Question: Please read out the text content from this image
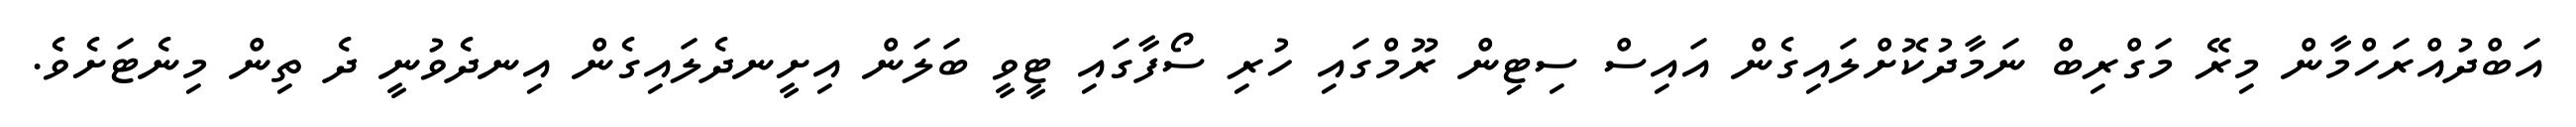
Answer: އަބްދުއްރަހްމާން މިރޭ މަގްރިބް ނަމާދުކޮށްލައިގެން އައިސް ސިޓިން ރޫމްގައި ހުރި ސޯފާގައި ޓީވީ ބަލަން އިށީނދެލައިގެން އިނދެވުނީ ދެ ތިން މިނެޓަށެވެ.